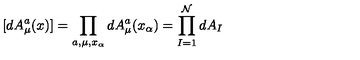
[ d A _ { \mu } ^ { a } ( x ) ] = { \prod _ { a , \mu , x _ { \alpha } } d A _ { \mu } ^ { a } ( x _ { \alpha } ) = { \prod _ { I = 1 } ^ { \mathcal { N } } d A _ { I } } }